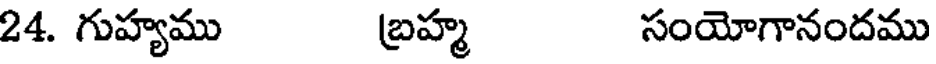
24. గుహ్యము బ్రహ్మ సంయోగానందము